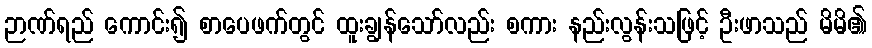
ဉာဏ်ရည် ကောင်း၍ စာပေဖက်တွင် ထူးချွန်သော်လည်း စကား နည်းလွန်းသဖြင့် ဦးဖာသည် မိမိ၏